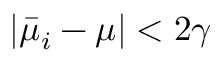
| \bar { \mu } _ { i } - \mu | < 2 \gamma